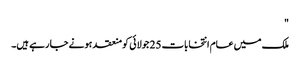
"
ملک میں عام انتخابات 25 جولائی کو منعقد ہونے جا رہے ہیں۔